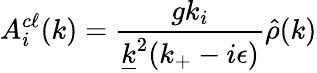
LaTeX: A_{i}^{c\ell}(k)={\frac{gk_{i}}{\underline{{{k}}}^{2}(k_{+}-i\epsilon)}}\hat{\rho}(k)